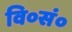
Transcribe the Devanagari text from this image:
वि०सं०